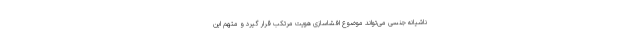
ناشیانه جنسی می‌تواند موضوع افشاسازی هویت مرتکب قرار گیرد و متهم این